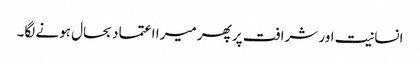
انسانیت اور شرافت پر پھر میرا اعتماد بحال ہونے لگا۔